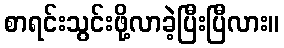
စာရင်းသွင်းဖို့လာခဲ့ပြီးပြီလား။